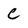
Character: C